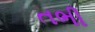
તભી